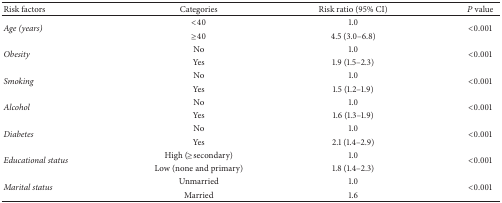
<table><thead><tr><td><b>Risk factors</b></td><td><b>Categories</b></td><td><b>Risk ratio (95% CI)</b></td><td><b><i>P</i> value</b></td></tr></thead><tbody><tr><td rowspan="2"><i>Age (years) </i></td><td>&lt;40</td><td>1.0</td><td rowspan="2">&lt;0.001</td></tr><tr><td>≥40</td><td>4.5 (3.0–6.8)</td></tr><tr><td rowspan="2"><i>Obesity</i></td><td>No</td><td>1.0</td><td rowspan="2">&lt;0.001</td></tr><tr><td>Yes</td><td>1.9 (1.5–2.3)</td></tr><tr><td rowspan="2"><i>Smoking</i></td><td>No</td><td>1.0</td><td rowspan="2">&lt;0.001</td></tr><tr><td>Yes</td><td>1.5 (1.2–1.9)</td></tr><tr><td rowspan="2"><i>Alcohol</i></td><td>No</td><td>1.0</td><td rowspan="2">&lt;0.001</td></tr><tr><td>Yes</td><td>1.6 (1.3–1.9)</td></tr><tr><td rowspan="2"><i>Diabetes</i></td><td>No</td><td>1.0</td><td rowspan="2">&lt;0.001</td></tr><tr><td>Yes</td><td>2.1 (1.4–2.9)</td></tr><tr><td rowspan="2"><i>Educational status</i></td><td>High (≥secondary)</td><td>1.0</td><td rowspan="2">&lt;0.001</td></tr><tr><td>Low (none and primary)</td><td>1.8 (1.4–2.3)</td></tr><tr><td rowspan="2"><i>Marital status</i></td><td>Unmarried</td><td>1.0</td><td rowspan="2">&lt;0.001</td></tr><tr><td>Married</td><td>1.6</td></tr></tbody></table>